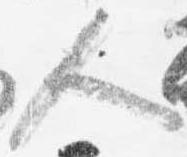
人